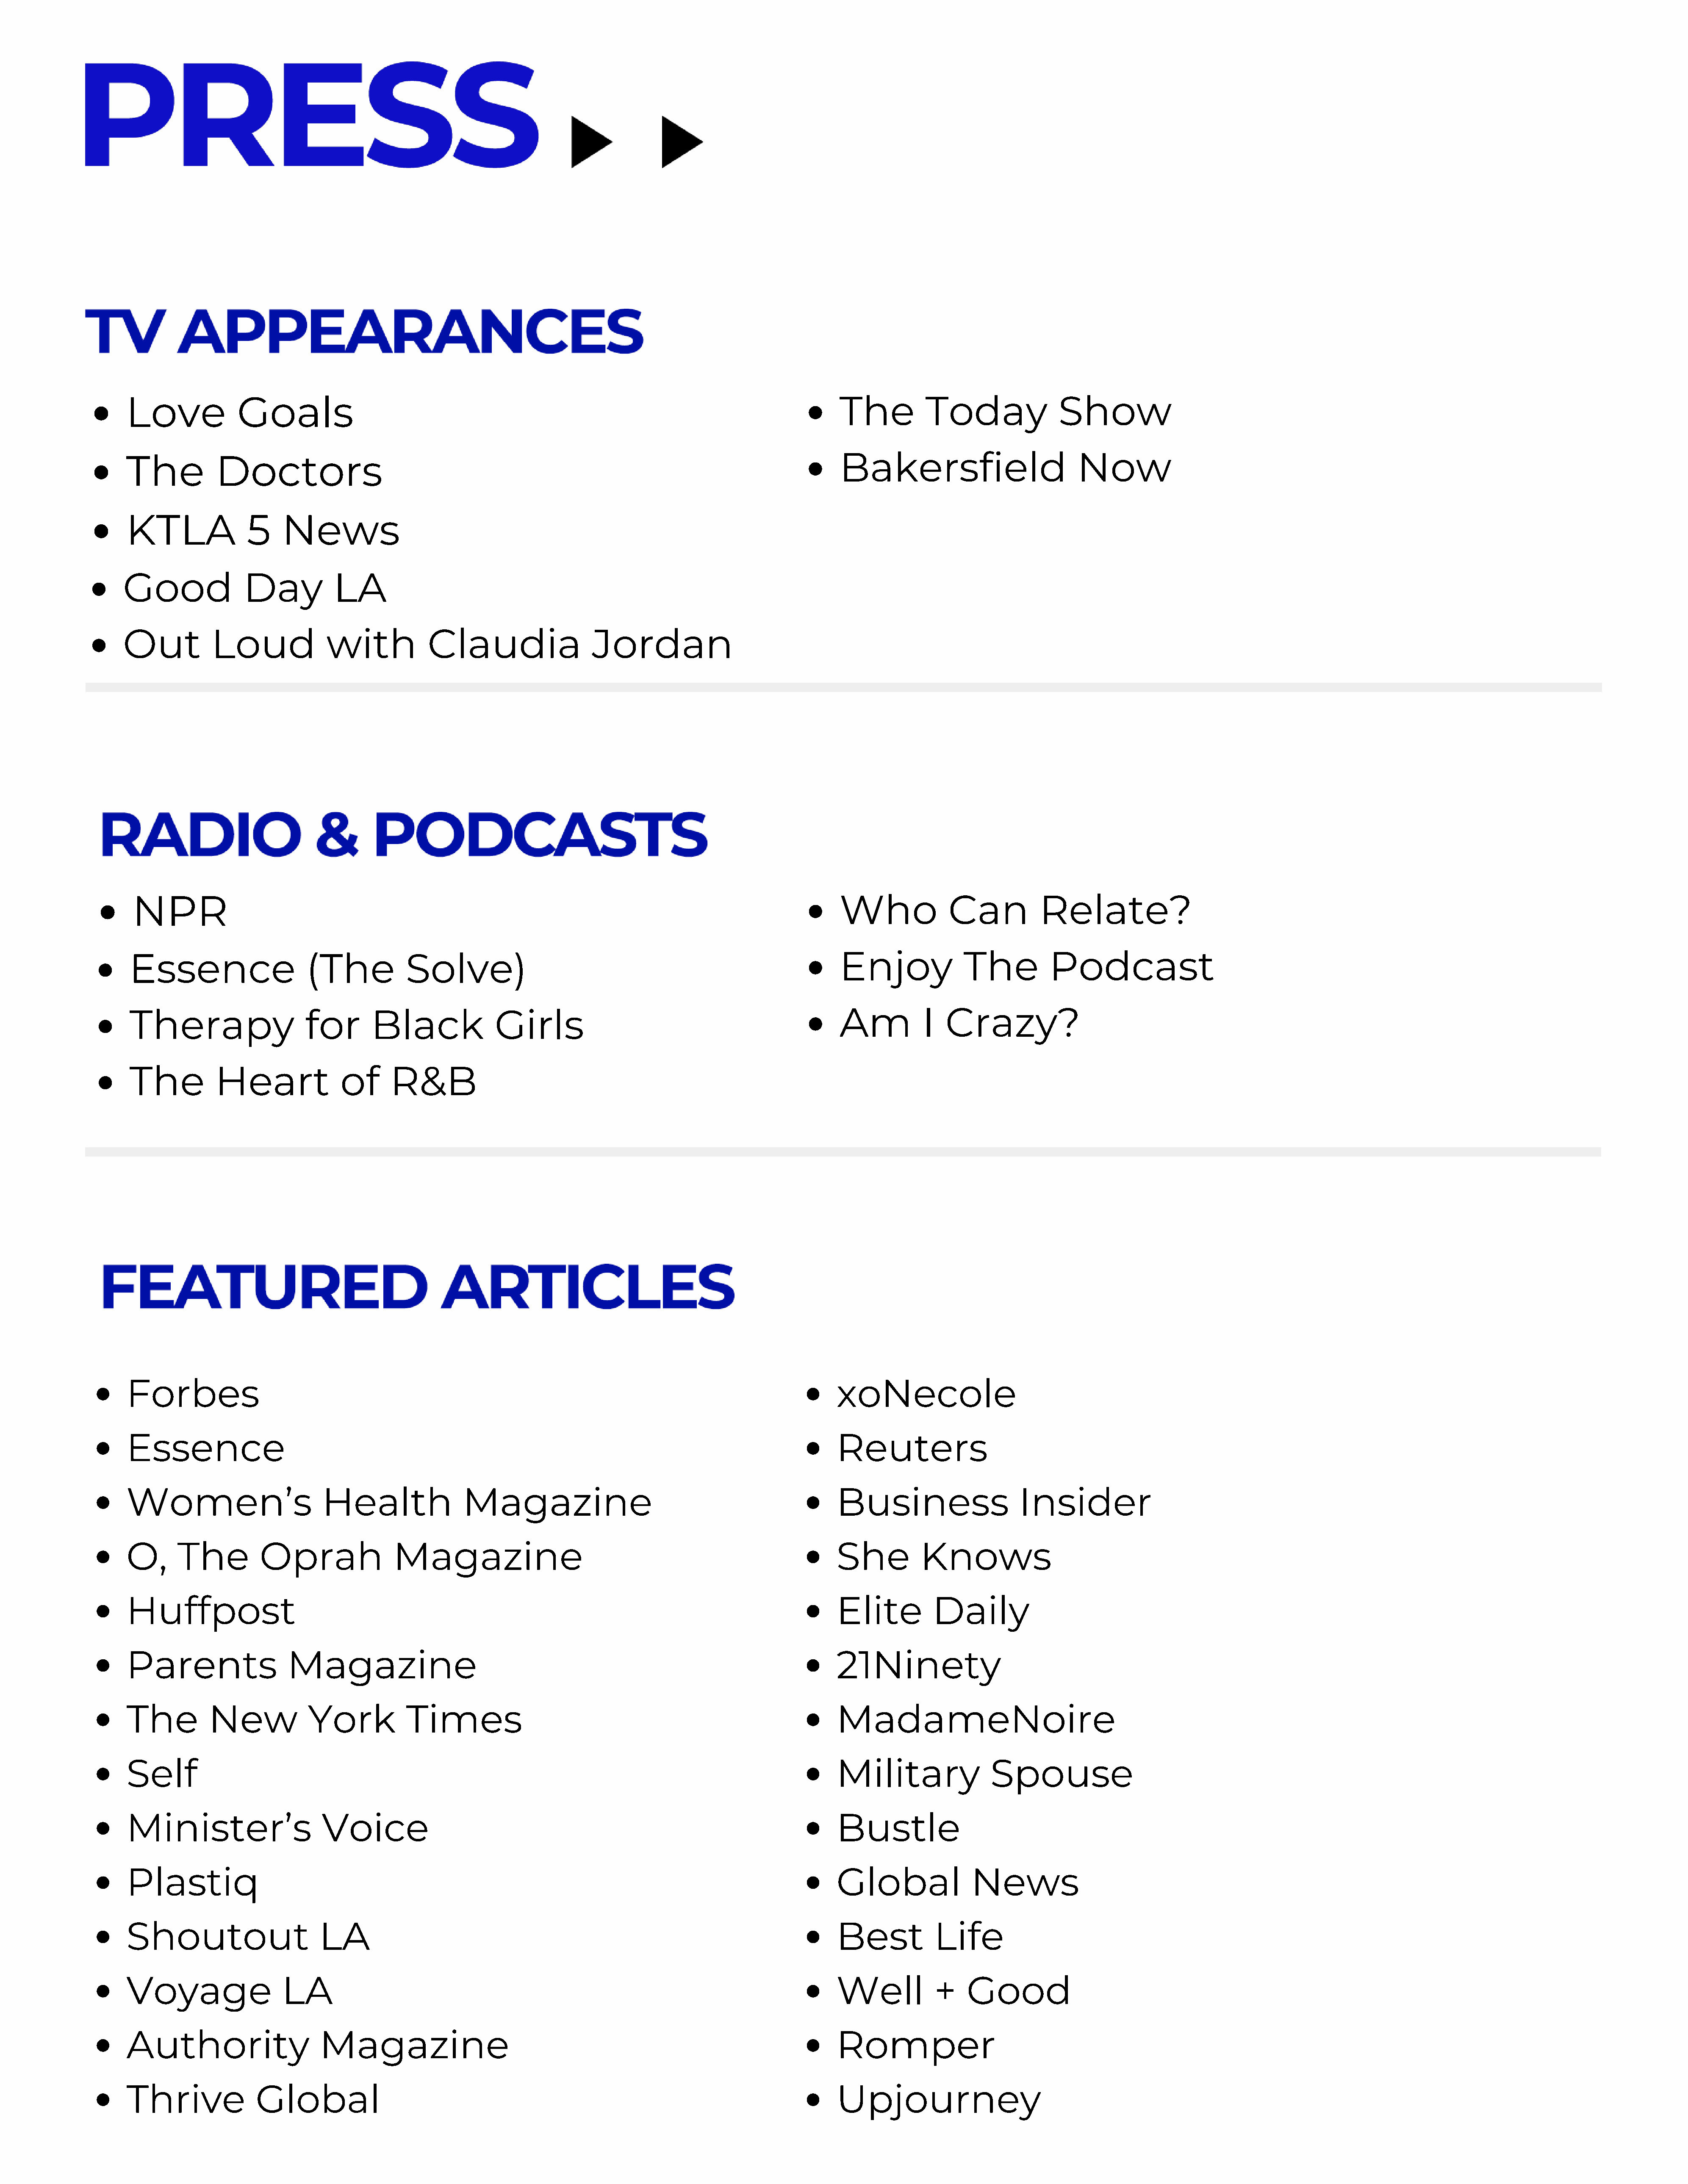
Love             Goals                                                                                         The           Today               Show
 Bakersfield                          Now
 The           Doctors
 KTLA               5    News
 Good               Day           LA
 Out           Loud              with            Claudia                   Jordan
 NPR                                                                                                           Who              Can           Relate?
 Essence                     (The           Solve)                                                              Enjoy               The          Podcast
 Therapy                     for       Black              Girls                                                 Am           I   Crazy?
 The           Heart              of      R&B
 Forbes                                                                                                         xoNecole
 Essence                                                                                                        Reuters
 Women’s                       Health                Magazine                                                   Business                    Insider
 O,      The          Oprah               Magazine                                                              She          Knows
 Huffpost                                                                                                       Elite          Daily
 Parents                  Magazine                                                                              21Ninety
 The          New            York           Times                                                               MadameNoire
 Self                                                                                                           Military                Spouse
 Minister’s                    Voice                                                                            Bustle
 Plastiq                                                                                                        Global               News
 Shoutout                      LA                                                                               Best           Life
 Voyage                  LA                                                                                     Well           +    Good
 Authority                     Magazine                                                                         Romper
 Thrive              Global                                                                                     Upjourney